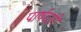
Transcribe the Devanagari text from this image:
पार्षदही